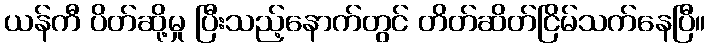
ယန်ကီ ပိတ်ဆို့မှု ပြီးသည့်နောက်တွင် တိတ်ဆိတ်ငြိမ်သက်နေပြီ။